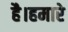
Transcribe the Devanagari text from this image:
है।हमारे